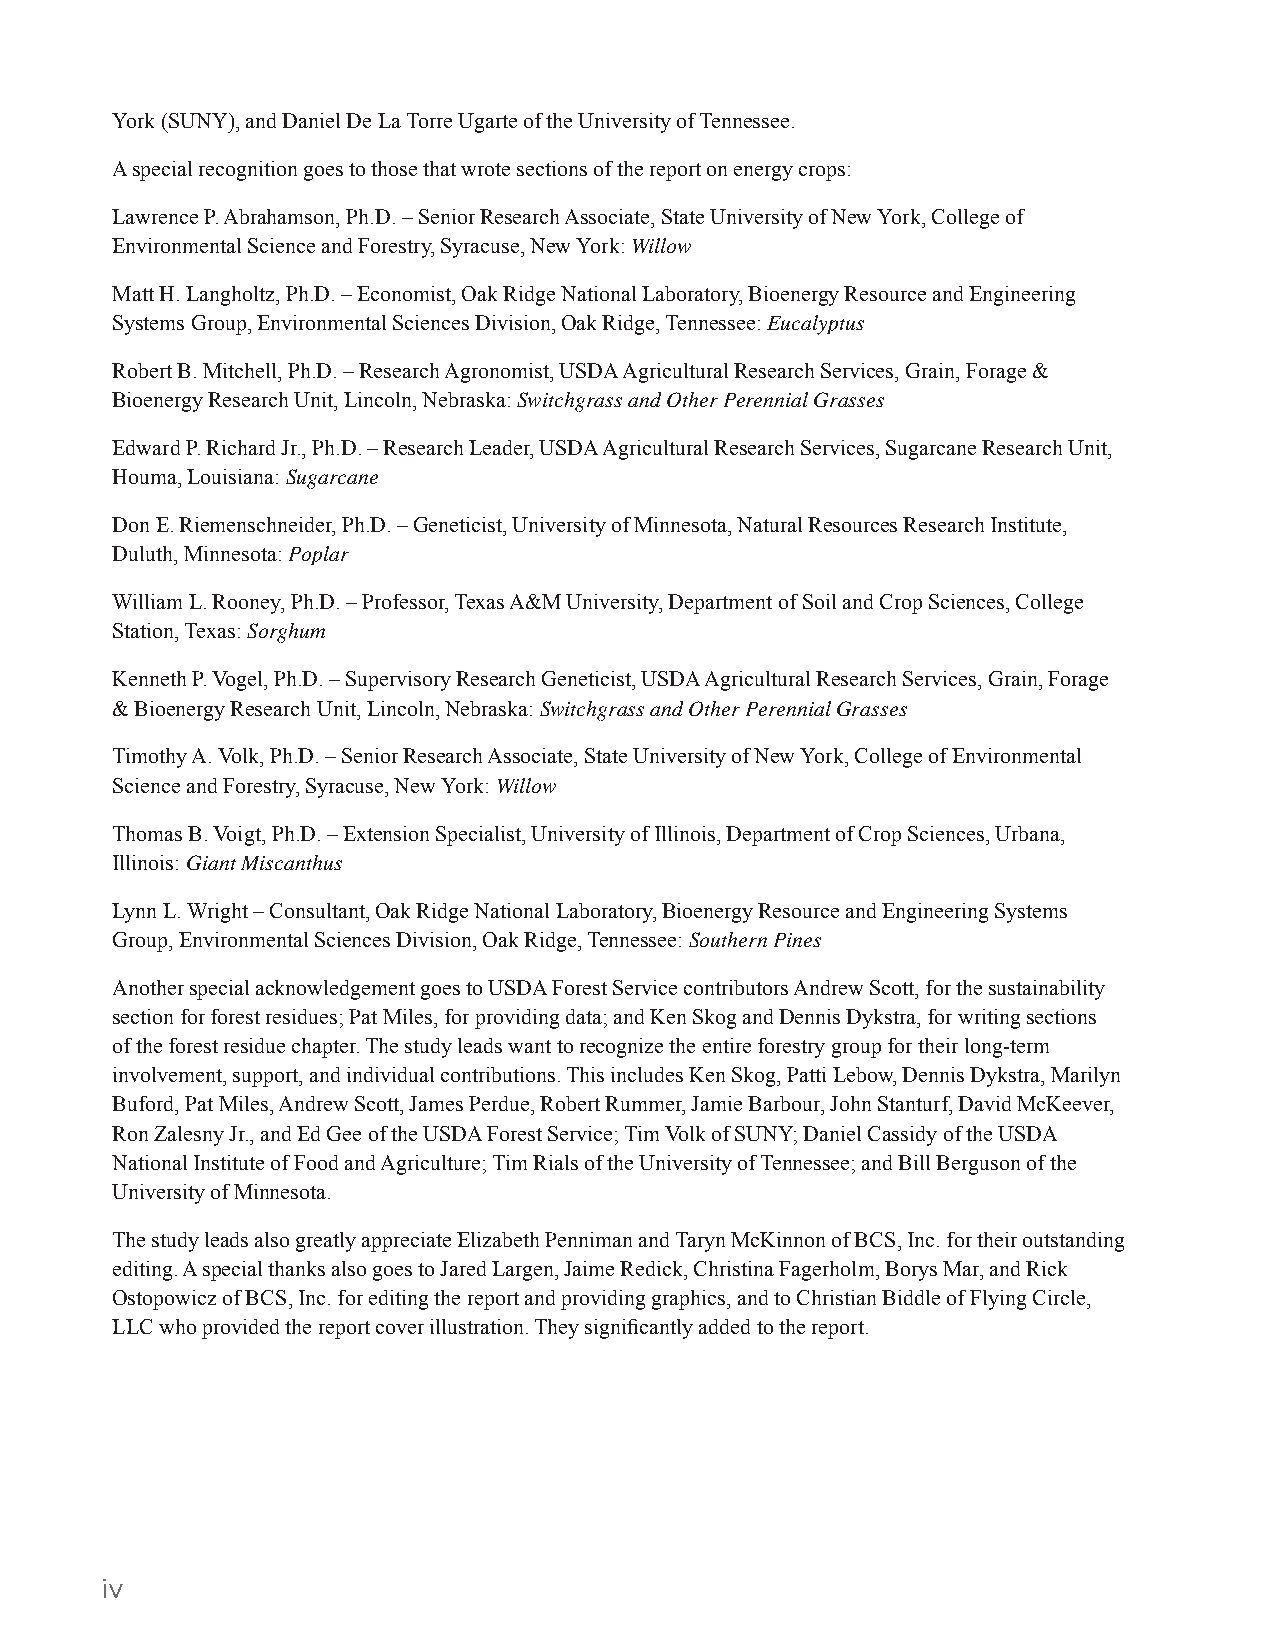
York (SUNY), and Daniel De La Torre Ugarte of the University of Tennessee.
 A special recognition goes to those that wrote sections of the report on energy crops:
 Lawrence P. Abrahamson, Ph.D. – Senior Research Associate, State University of New York, College of
 Environmental Science and Forestry, Syracuse, New York: Willow
 Matt H. Langholtz, Ph.D. – Economist, Oak Ridge National Laboratory, Bioenergy Resource and Engineering
 Systems Group, Environmental Sciences Division, Oak Ridge, Tennessee: Eucalyptus
 Robert B. Mitchell, Ph.D. – Research Agronomist, USDA Agricultural Research Services, Grain, Forage &
 Bioenergy Research Unit, Lincoln, Nebraska: Switchgrass and Other Perennial Grasses
 Edward P. Richard Jr., Ph.D. – Research Leader, USDA Agricultural Research Services, Sugarcane Research Unit,
 Houma, Louisiana: Sugarcane
 Don E. Riemenschneider, Ph.D. – Geneticist, University of Minnesota, Natural Resources Research Institute,
 Duluth, Minnesota: Poplar
 William L. Rooney, Ph.D. – Professor, Texas A&M University, Department of Soil and Crop Sciences, College
 Station, Texas: Sorghum
 Kenneth P. Vogel, Ph.D. – Supervisory Research Geneticist, USDA Agricultural Research Services, Grain, Forage
 & Bioenergy Research Unit, Lincoln, Nebraska: Switchgrass and Other Perennial Grasses
 Timothy A. Volk, Ph.D. – Senior Research Associate, State University of New York, College of Environmental
 Science and Forestry, Syracuse, New York: Willow
 Thomas B. Voigt, Ph.D. – Extension Specialist, University of Illinois, Department of Crop Sciences, Urbana,
 Illinois: Giant Miscanthus
 Lynn L. Wright – Consultant, Oak Ridge National Laboratory, Bioenergy Resource and Engineering Systems
 Group, Environmental Sciences Division, Oak Ridge, Tennessee: Southern Pines
 Another special acknowledgement goes to USDA Forest Service contributors Andrew Scott, for the sustainability
 section for forest residues; Pat Miles, for providing data; and Ken Skog and Dennis Dykstra, for writing sections
 of the forest residue chapter. The study leads want to recognize the entire forestry group for their long-term
 involvement, support, and individual contributions. This includes Ken Skog, Patti Lebow, Dennis Dykstra, Marilyn
 Buford, Pat Miles, Andrew Scott, James Perdue, Robert Rummer, Jamie Barbour, John Stanturf, David McKeever,
 Ron Zalesny Jr., and Ed Gee of the USDA Forest Service; Tim Volk of SUNY; Daniel Cassidy of the USDA
 National Institute of Food and Agriculture; Tim Rials of the University of Tennessee; and Bill Berguson of the
 University of Minnesota.
 The study leads also greatly appreciate Elizabeth Penniman and Taryn McKinnon of BCS, Inc. for their outstanding
 editing. A special thanks also goes to Jared Largen, Jaime Redick, Christina Fagerholm, Borys Mar, and Rick
 Ostopowicz of BCS, Inc. for editing the report and providing graphics, and to Christian Biddle of Flying Circle,
 LLC who provided the report cover illustration. They significantly added to the report.
 iv